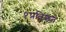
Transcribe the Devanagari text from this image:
१प्रतिशत